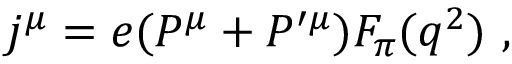
j ^ { \mu } = e ( P ^ { \mu } + P ^ { \prime \mu } ) F _ { \pi } ( q ^ { 2 } ) \ ,